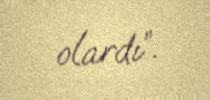
olardı”.